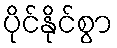
ပိုင်နိုင်စွာ